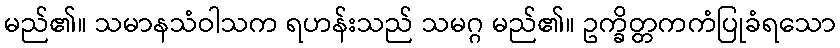
မည်၏။ သမာနသံဝါသက ရဟန်းသည် သမဂ္ဂ မည်၏။ ဥက္ခိတ္တကကံပြုခံရသော